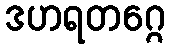
ဒဟရတဂ္ဂေ